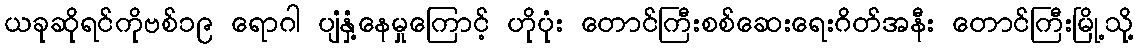
ယခုဆိုရင်ကိုဗစ်၁၉ ရောဂါ ပျံနှံ့နေမှုကြောင့် ဟိုပုံး တောင်ကြီးစစ်ဆေးရေးဂိတ်အနီး တောင်ကြီးမြို့သို့